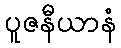
ပူဇနီယာနံ